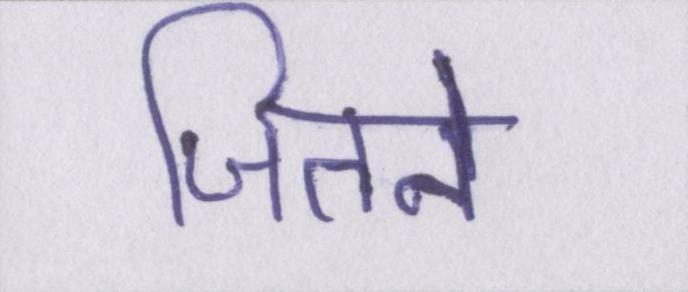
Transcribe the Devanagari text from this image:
जितने